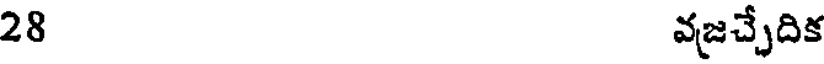
28 వజచ్చేదిక